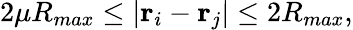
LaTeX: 2\mu R_{max}\leq|\textbf{r}_{i}-\textbf{r}_{j}|\leq 2R_{max},